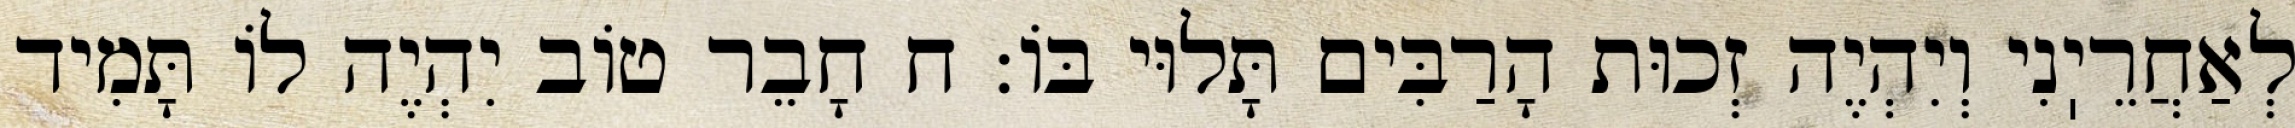
לְאַחֲרֵיֽנִי וְיִהְיֶה זְכוּת הָרַבִּים תָּלוּי בּוֹ: ח חָבֵר טוֹב יִהְיֶה לוֹ תָּמִיד